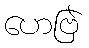
ဟေဗြဲ